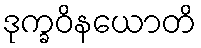
ဒုက္ခဝိနယောတိ